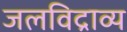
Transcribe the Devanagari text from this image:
जलविद्राव्य